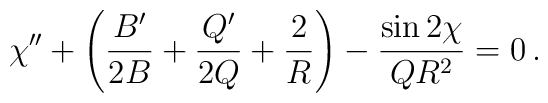
\chi''+\left( {B'\over 2B}+{Q'\over 2Q}+{2\over R}\right)-{\sin 2\chi \over QR^2} =0\,.